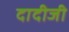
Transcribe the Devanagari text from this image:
दादीजी